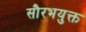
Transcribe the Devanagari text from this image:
सौरभयुक्त